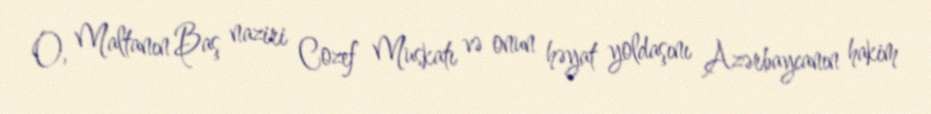
O, Maltanın Baş naziri Cozef Muskatı və onun həyat yoldaşını Azərbaycanın hakim